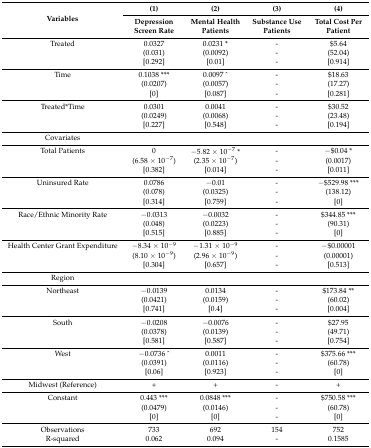
<table><thead><tr><td rowspan="2"><b>Variables</b></td><td><b>(1)</b></td><td><b>(2)</b></td><td><b>(3)</b></td><td><b>(4)</b></td></tr><tr><td><b>Depression Screen Rate</b></td><td><b>Mental Health Patients</b></td><td><b>Substance Use Patients</b></td><td><b>Total Cost Per Patient</b></td></tr></thead><tbody><tr><td>Treated</td><td>0.0327</td><td>0.0231 *</td><td>-</td><td>$5.64</td></tr><tr><td></td><td>(0.031)</td><td>(0.0092)</td><td>-</td><td>(52.04)</td></tr><tr><td></td><td>[0.292]</td><td>[0.01]</td><td>-</td><td>[0.914]</td></tr><tr><td>Time</td><td>0.1038 ***</td><td>0.0097 ^</td><td>-</td><td>$18.63</td></tr><tr><td></td><td>(0.0207)</td><td>(0.0057)</td><td>-</td><td>(17.27)</td></tr><tr><td></td><td>[0]</td><td>[0.087]</td><td>-</td><td>[0.281]</td></tr><tr><td>Treated*Time</td><td>0.0301</td><td>0.0041</td><td>-</td><td>$30.52</td></tr><tr><td></td><td>(0.0249)</td><td>(0.0068)</td><td>-</td><td>(23.48)</td></tr><tr><td></td><td>[0.227]</td><td>[0.548]</td><td>-</td><td>[0.194]</td></tr><tr><td>Covariates</td><td></td><td></td><td></td><td></td></tr><tr><td>Total Patients</td><td>0</td><td>−5.82 × 10<sup>−7</sup> *</td><td>-</td><td>−$0.04 *</td></tr><tr><td></td><td>(6.58 × 10<sup>−7</sup>)</td><td>(2.35 × 10<sup>−7</sup>)</td><td>-</td><td>(0.0017)</td></tr><tr><td></td><td>[0.382]</td><td>[0.014]</td><td>-</td><td>[0.011]</td></tr><tr><td>Uninsured Rate</td><td>0.0786</td><td>−0.01</td><td>-</td><td>−$529.98 ***</td></tr><tr><td></td><td>(0.078)</td><td>(0.0325)</td><td>-</td><td>(138.12)</td></tr><tr><td></td><td>[0.314]</td><td>[0.759]</td><td>-</td><td>[0]</td></tr><tr><td>Race/Ethnic Minority Rate</td><td>−0.0313</td><td>−0.0032</td><td>-</td><td>$344.85 ***</td></tr><tr><td></td><td>(0.048)</td><td>(0.0223)</td><td>-</td><td>(90.31)</td></tr><tr><td></td><td>[0.515]</td><td>[0.885]</td><td>-</td><td>[0]</td></tr><tr><td>Health Center Grant Expenditure</td><td>−8.34 × 10<sup>−9</sup></td><td>−1.31 × 10<sup>−9</sup></td><td>-</td><td>−$0.00001</td></tr><tr><td></td><td>(8.10 × 10<sup>−9</sup>)</td><td>(2.96 × 10<sup>−9</sup>)</td><td>-</td><td>(0.00001)</td></tr><tr><td></td><td>[0.304]</td><td>[0.657]</td><td>-</td><td>[0.513]</td></tr><tr><td>Region</td><td></td><td></td><td></td><td></td></tr><tr><td>Northeast</td><td>−0.0139</td><td>0.0134</td><td>-</td><td>$173.84 **</td></tr><tr><td></td><td>(0.0421)</td><td>(0.0159)</td><td>-</td><td>(60.02)</td></tr><tr><td></td><td>[0.741]</td><td>[0.4]</td><td>-</td><td>[0.004]</td></tr><tr><td>South</td><td>−0.0208</td><td>−0.0076</td><td>-</td><td>$27.95</td></tr><tr><td></td><td>(0.0378)</td><td>(0.0139)</td><td>-</td><td>(49.71)</td></tr><tr><td></td><td>[0.581]</td><td>[0.587]</td><td>-</td><td>[0.754]</td></tr><tr><td>West</td><td>−0.0736 ^</td><td>0.0011</td><td>-</td><td>$375.66 ***</td></tr><tr><td></td><td>(0.0391)</td><td>(0.0116)</td><td>-</td><td>(60.78)</td></tr><tr><td></td><td>[0.06]</td><td>[0.923]</td><td>-</td><td>[0]</td></tr><tr><td>Midwest (Reference)</td><td>+</td><td>+</td><td>-</td><td>+</td></tr><tr><td>Constant</td><td>0.443 ***</td><td>0.0848 ***</td><td>-</td><td>$750.58 ***</td></tr><tr><td></td><td>(0.0479)</td><td>(0.0146)</td><td>-</td><td>(60.78)</td></tr><tr><td></td><td>[0]</td><td>[0]</td><td>-</td><td>[0]</td></tr><tr><td>Observations</td><td>733</td><td>692</td><td>154</td><td>752</td></tr><tr><td>R-squared</td><td>0.062</td><td>0.094</td><td>-</td><td>0.1585</td></tr></tbody></table>